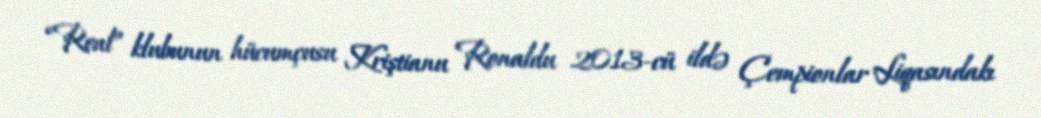
“Real” klubunun hücumçusu Kriştianu Ronaldu 2013-cü ildə Çempionlar Liqasındakı